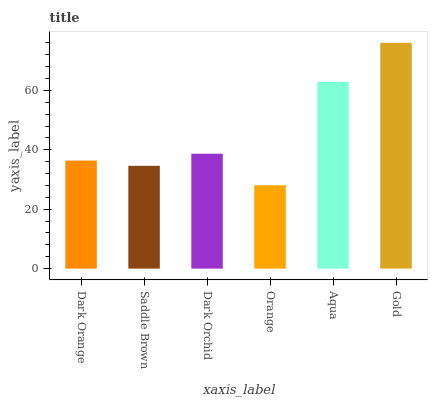
| xaxis_label | bars |
 | --- | --- |
 | Dark Orange | 36.4 |
 | Saddle Brown | 34.6 |
 | Dark Orchid | 38.7 |
 | Orange | 28 |
 | Aqua | 62.9 |
 | Gold | 76 |